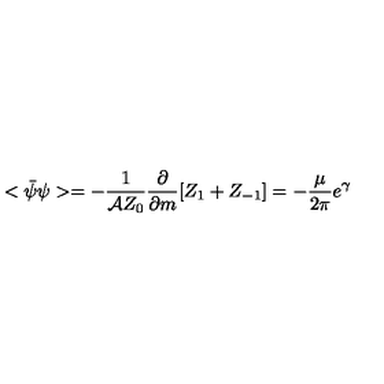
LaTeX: < \bar { \psi } \psi > = - \frac { 1 } { { \cal A } Z _ { 0 } } \frac { \partial } { \partial m } [ Z _ { 1 } + Z _ { - 1 } ] = - \frac { \mu } { 2 \pi } e ^ { \gamma }